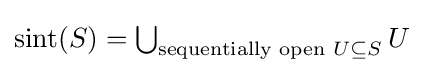
{\textstyle \operatorname {sint} (S)=\bigcup _{{\text{sequentially open }}U\subseteq S}{U}}